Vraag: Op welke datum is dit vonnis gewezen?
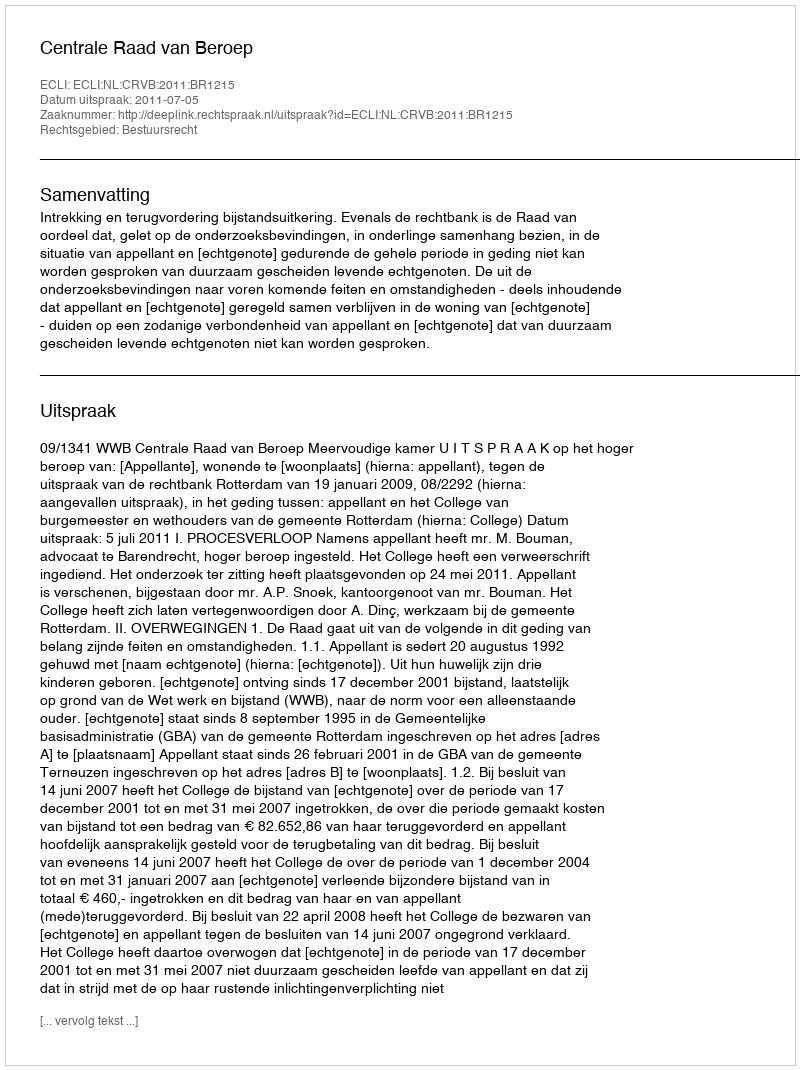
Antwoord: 2011-07-05